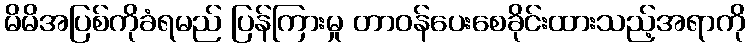
မိမိအပြစ်ကိုခံရမည် ပြန်ကြားမှု တာဝန်ပေးစေခိုင်းထားသည့်အရာကို